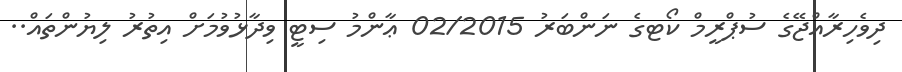
ދިވެހިރާއްޖޭގެ ސުޕްރީމް ކޯޓގެ ނަންބަރު 02/2015 ޢާންމު ސިޓީ ވިދާޅުވުމަށް އިތުރު ލިޔުންތައް..